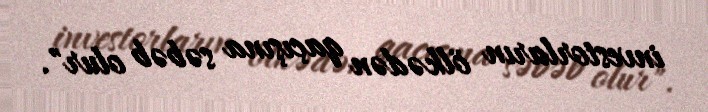
investorların ölkədən qaçışına səbəb olur".